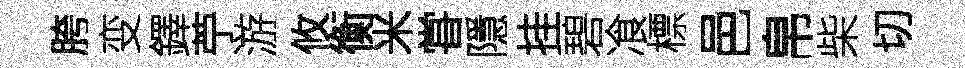
胯变鐸苧游攸衡米甞隱挂碧飡標邑帛柴切